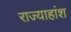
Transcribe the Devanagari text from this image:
राज्याहांश